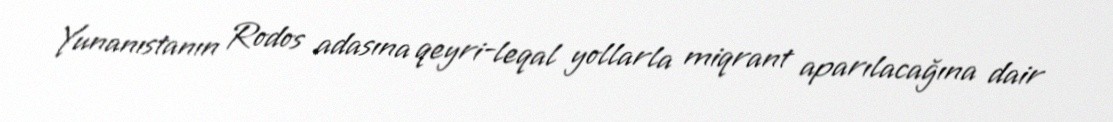
Yunanıstanın Rodos adasına qeyri-leqal yollarla miqrant aparılacağına dair